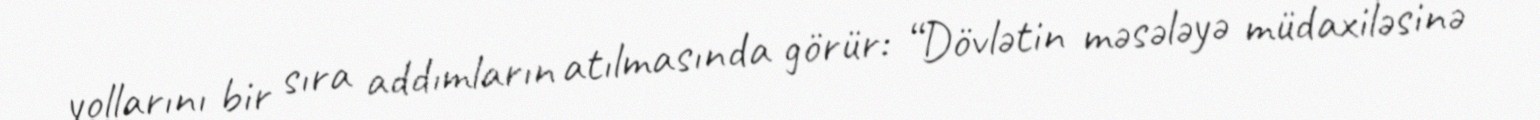
yollarını bir sıra addımların atılmasında görür: “Dövlətin məsələyə müdaxiləsinə